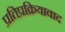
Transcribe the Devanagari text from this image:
प्रतिप्रक्रियावाद